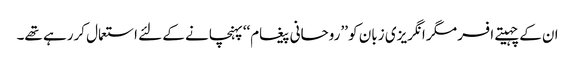
ان کے چہیتے افسر مگر انگریزی زبان کو ’’روحانی پیغام‘‘ پہنچانے کے لئے استعمال کررہے تھے۔